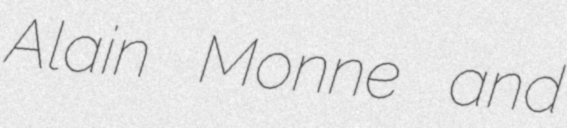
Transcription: Alain Monne and